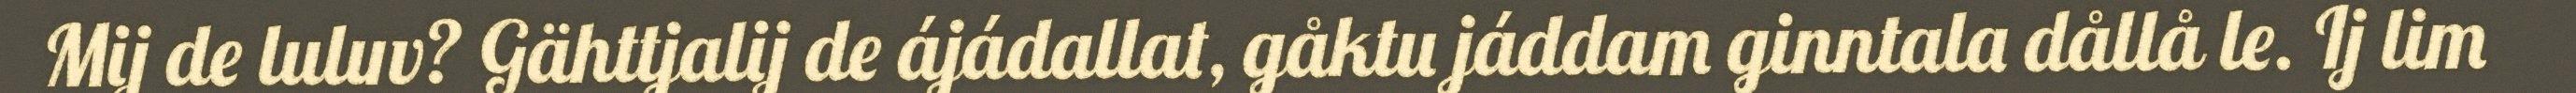
Mij de luluv? Gähttjalij de ájádallat, gåktu jáddam ginntala dållå le. Ij lim